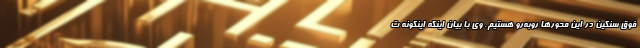
فوق سنگین در این محورها روبه‌رو هستیم. وی با بیان اینکه اینگونه ت